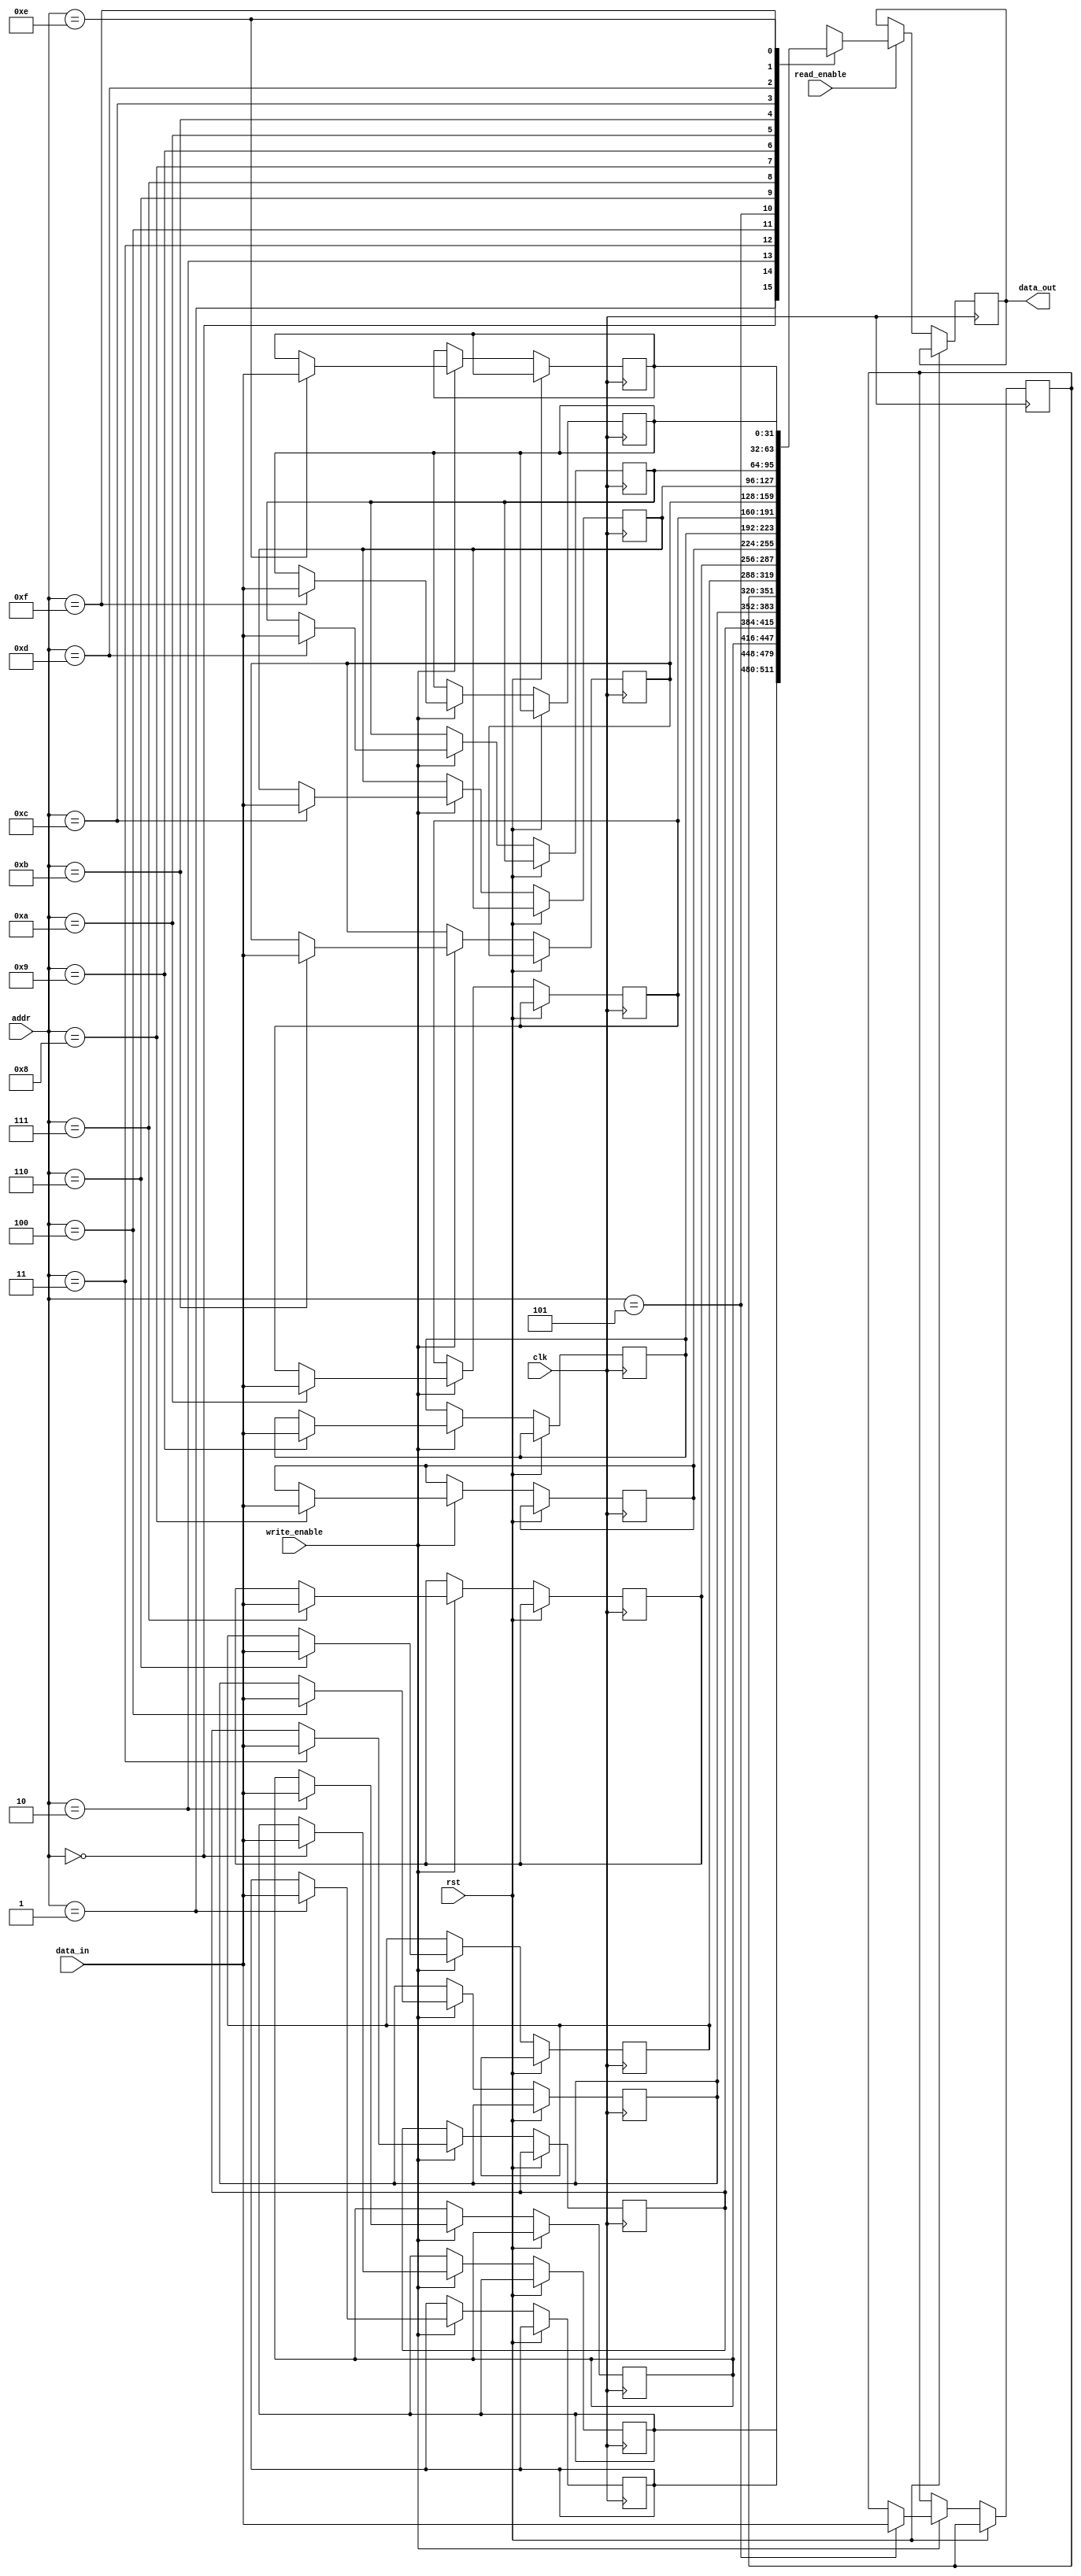
module MemoryBlocksStack(
    input clk,
    input rst,
    input [3:0] addr,
    input [31:0] data_in,
    input write_enable,
    input read_enable,
    output reg [31:0] data_out
);

reg [31:0] memory_blocks [0:15];
reg [3:0] stack_pointer;

always @ (posedge clk or posedge rst) begin
    if (rst) begin
        stack_pointer <= 0;
    end else begin
        if (write_enable) begin
            memory_blocks[addr] <= data_in;
        end
        if (read_enable) begin
            data_out <= memory_blocks[addr];
        end
        if (write_enable && read_enable) begin
          $display("Error: simultaneous read and write operations not allowed");
        end
    end
end

endmodule